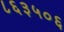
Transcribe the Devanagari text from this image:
८६३५०६